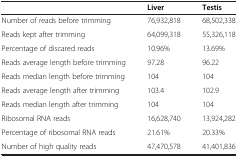
<table><thead><tr><td><b> </b></td><td><b>Liver</b></td><td><b>Testis</b></td></tr></thead><tbody><tr><td>Number of reads before trimming</td><td>76,932,818</td><td>68,502,338</td></tr><tr><td>Reads kept after trimming</td><td>64,099,318</td><td>55,326,118</td></tr><tr><td>Percentage of discared reads</td><td>10.96%</td><td>13.69%</td></tr><tr><td>Reads average length before trimming</td><td>97.28</td><td>96.22</td></tr><tr><td>Reads median length before trimming</td><td>104</td><td>104</td></tr><tr><td>Reads average length after trimming</td><td>103.4</td><td>102.9</td></tr><tr><td>Reads median length after trimming</td><td>104</td><td>104</td></tr><tr><td>Ribosomal RNA reads</td><td>16,628,740</td><td>13,924,282</td></tr><tr><td>Percentage of ribosomal RNA reads</td><td>21.61%</td><td>20.33%</td></tr><tr><td>Number of high quality reads</td><td>47,470,578</td><td>41,401,836</td></tr></tbody></table>